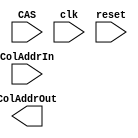
`timescale 1ns / 1ps
//////////////////////////////////////////////////////////////////////////////////
// Company: 
// Engineer: 
// 
// Design Name: 
// Module Name:    ColDecoder 
// Project Name: 
// Target Devices: 
// Tool versions: 
// Description: 
//
// Dependencies: 
//
// Revision: 
// Revision 0.01 - File Created
// Additional Comments: 
//
//////////////////////////////////////////////////////////////////////////////////
`define HIGH 1'b1
`define LOW 1'b0
module ColDecoder(
	ColAddrOut,
	CAS,
	ColAddrIn,
	clk,
	reset
    );
	 
	parameter COL_ADDR_DEPTH = 8; // Number of Bits required to generate the RowAddress
	
	output [COL_ADDR_DEPTH - 1 : 0] ColAddrOut; // Output Row Address
	input reset; // Reset Signal
	input clk; // Clock Signal
	input CAS; // Row Address Strobe Signal
	input [COL_ADDR_DEPTH - 1: 0] ColAddrIn; // Input Row Address 
	
	/*
	EnDflipFlop #(.BITWIDTH(COL_ADDR_DEPTH), .PATH_DELAY(0)) ColDecRegister(
				.q(ColAddrOut),
				.qbar(),
				.d(ColAddrIn),
				.clk(clk),
				.reset(reset),
				.en(1'b1)
				);
	*/
	

	
endmodule